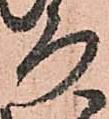
ろ